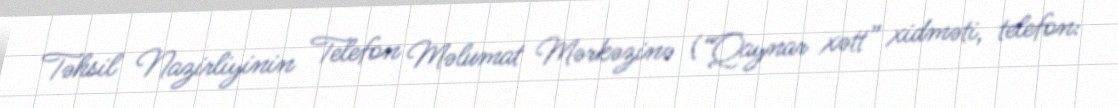
Təhsil Nazirliyinin Telefon Məlumat Mərkəzinə (“Qaynar xətt” xidməti, telefon: